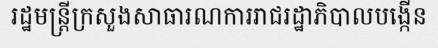
រដ្ឋមន្ត្រីក្រសួងសាធារណការរាជរដ្ឋាភិបាលបង្កើន